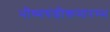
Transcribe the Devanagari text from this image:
भीष्मयंडीकमारम्भ